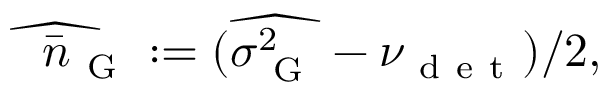
\widehat { \bar { n } _ { \mathrm { ~ G ~ } } } : = ( \widehat { \sigma _ { \mathrm { ~ G ~ } } ^ { 2 } } - \nu _ { \mathrm { ~ d ~ e ~ t ~ } } ) / 2 ,